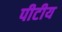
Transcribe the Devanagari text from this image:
पीटीय